Civil Veterinary Department. Central Provinces & Berar 1925-31 - 1925-1931
Year: 1925
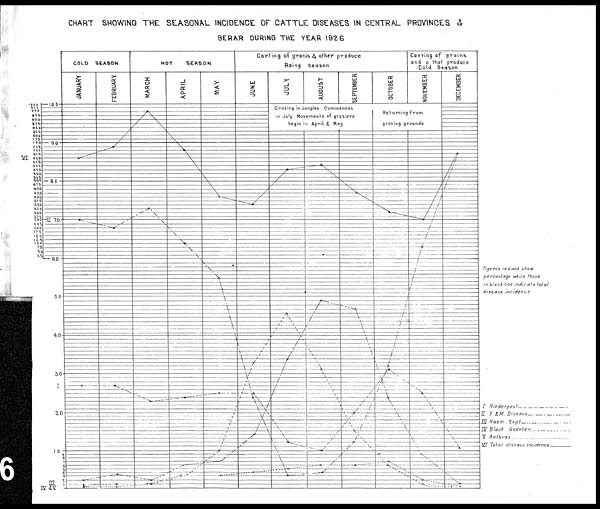
CHART SHOWING THE SEASONAL INCIDENCE OF CATTLE DISEASES IN CENTRAL PROVINCES &
BERAR DURING THE YEAR 1926